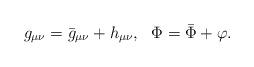
LaTeX: \begin{align*}g_{\mu\nu} = {\bar g}_{\mu\nu} + h_{\mu\nu}, ~~ \Phi = \bar\Phi + \varphi.\end{align*}